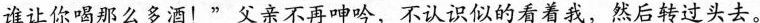
谁让你喝那么多酒！”父亲不再呻吟，不认识似的看着我，然后转过头去。